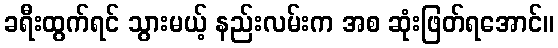
ခရီးထွက်ရင် သွားမယ့် နည်းလမ်းက အစ ဆုံးဖြတ်ရအောင်။